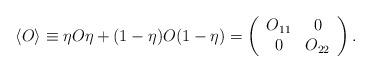
LaTeX: \begin{align*}\langle O\rangle\equiv\eta O\eta+(1-\eta)O(1-\eta) =\left( \begin{array}{cc} O_{11} & 0 \\ 0 & O_{22} \end{array} \right).\end{align*}